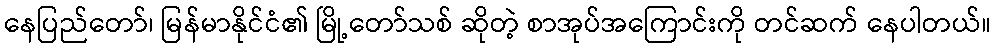
နေပြည်တော်၊ မြန်မာနိုင်ငံ၏ မြို့တော်သစ် ဆိုတဲ့ စာအုပ်အကြောင်းကို တင်ဆက် နေပါတယ်။